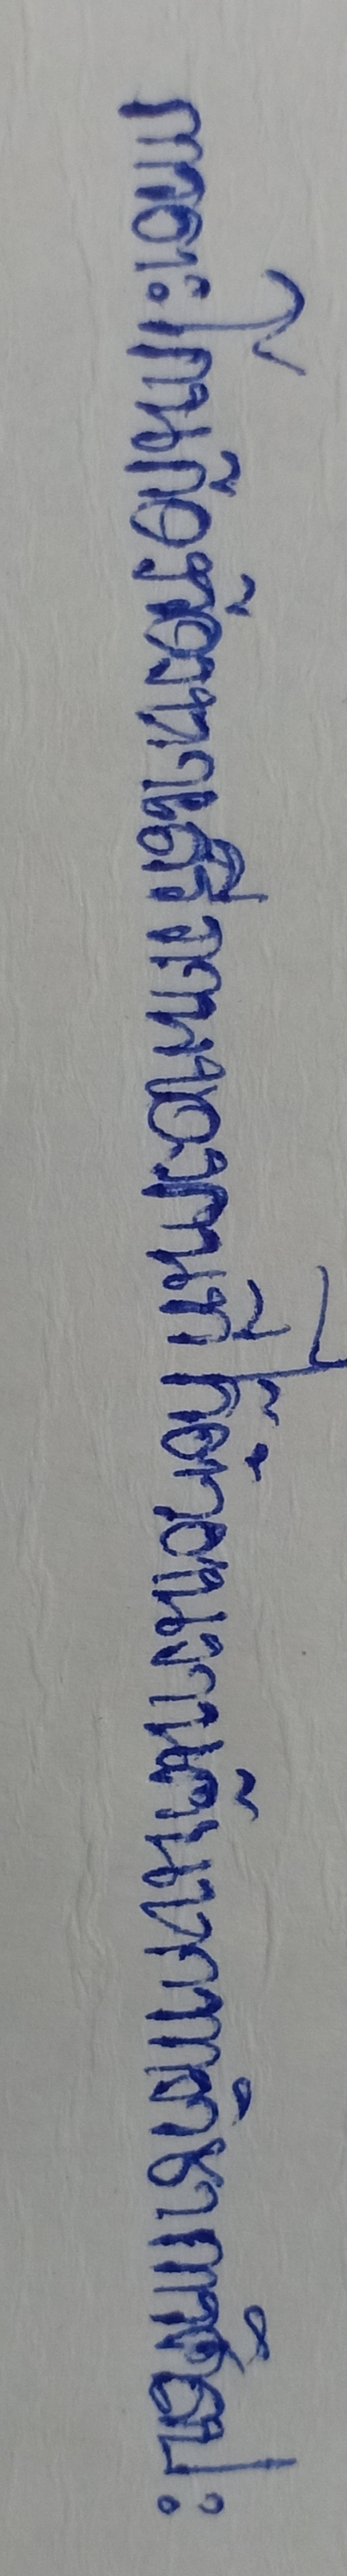
การตะโกนก้องร้องหาเสรีภาพของคนที่ไร้ตัวตนงานค้นคว้าทางวิชาการศิลปะ